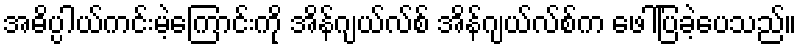
အဓိပ္ပါယ်ကင်းမဲ့ကြောင်းကို အိန်ဂျယ်လ်စ် အိန်ဂျယ်လ်စ်က ဖေါ်ပြခဲ့ပေသည်။